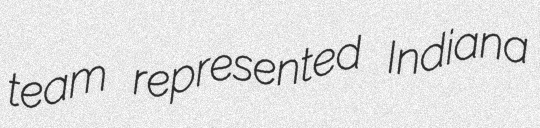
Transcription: team represented Indiana